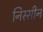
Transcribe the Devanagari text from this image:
निस्सीन